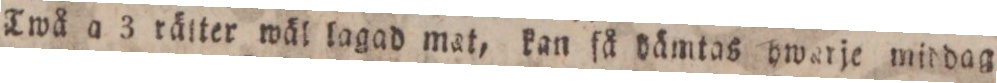
Twå a 3 rätter wäl laad mat, kan få dämtas hwarje middag